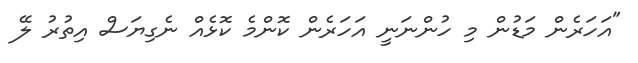
"އަހަރެން މަޑުން މި ހުންނަނީ އަހަރެން ކޮންމެ ކޮޅެއް ނެގިޔަސް އިތުރު ލޭ